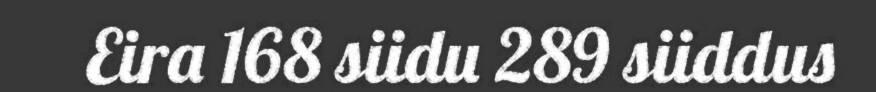
Eira 168 siidu 289 siiddus